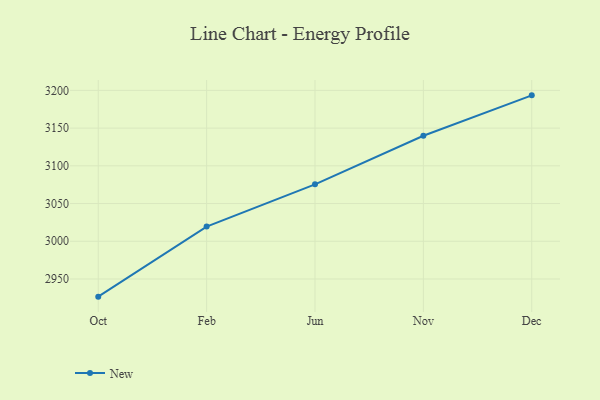
{"axis": {"x": "Month", "y": "Population (Million)"}, "legend": ["New"], "data": [{"x": "Oct", "y": 2926.6, "type": "New"}, {"x": "Feb", "y": 3019.5, "type": "New"}, {"x": "Jun", "y": 3075.5, "type": "New"}, {"x": "Nov", "y": 3139.8, "type": "New"}, {"x": "Dec", "y": 3193.4, "type": "New"}]}